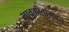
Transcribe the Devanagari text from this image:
भावगीतांमधून